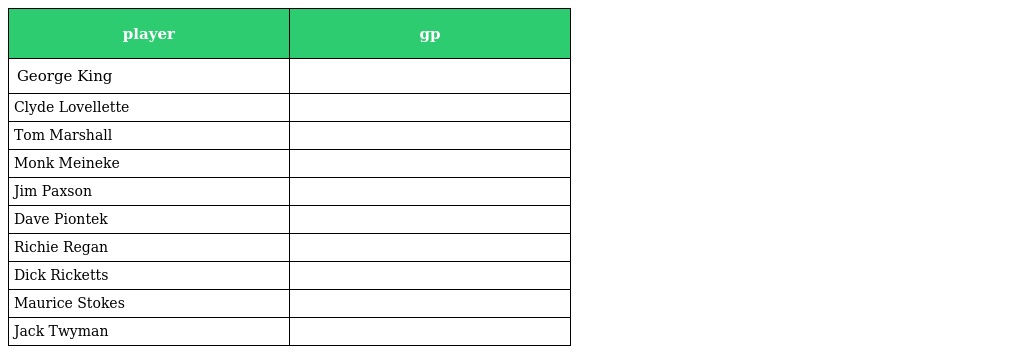
| player | gp |
 | --- | --- |
 | George King |  |
 | Clyde Lovellette |  |
 | Tom Marshall |  |
 | Monk Meineke |  |
 | Jim Paxson |  |
 | Dave Piontek |  |
 | Richie Regan |  |
 | Dick Ricketts |  |
 | Maurice Stokes |  |
 | Jack Twyman |  |